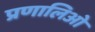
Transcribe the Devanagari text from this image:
प्रणालिओ